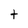
Character: t